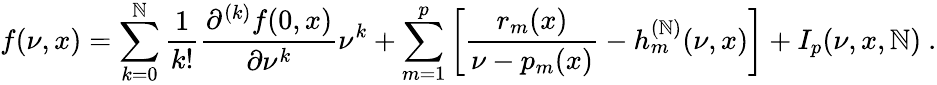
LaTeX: f(\nu,x)=\sum_{k=0}^{\mathbb{N}}\frac{{1}}{{k!}}\frac{{\partial^{(k)}f(0,x)}}{{\partial\nu^{k}}}\nu^{k}+\sum_{m=1}^{p}\left[\frac{{r_{m}(x)}}{{\nu-p_{m}(x)}}-h_{m}^{(\mathbb{N})}(\nu,x)\right]+I_{p}(\nu,x,\mathbb{N})\ .